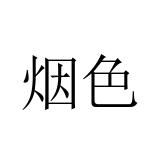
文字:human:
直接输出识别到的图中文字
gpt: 烟色